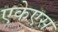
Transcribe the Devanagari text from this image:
एकेएस